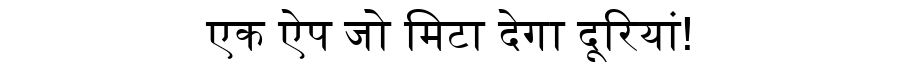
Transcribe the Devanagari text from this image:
एक ऐप जो मिटा देगा दूरियां!